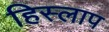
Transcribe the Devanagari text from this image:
हिस्लाप